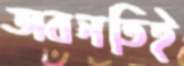
অবনতিই